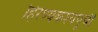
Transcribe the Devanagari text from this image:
हिरण्यकश्यपूची